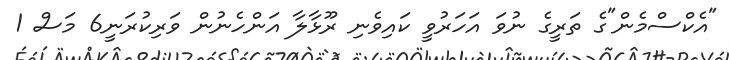
"އެކްސްމެން"ގެ ތަރީގެ ނުވަ އަހަރުވީ ކައިވެނި ރޫޅާލާ އަންހެނުން ވަރިކުރަނީ6 މަސް 1